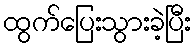
ထွက်ပြေးသွားခဲ့ပြီး